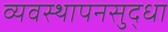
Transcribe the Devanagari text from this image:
व्यवस्थापनसुद्धा